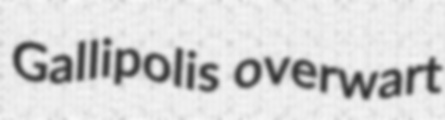
Gallipolis overwart